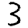
Digit: 3